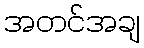
အတင်အချ